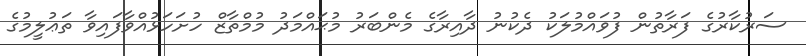
ސަރުކާރުގެ ފަރާތުން ފުވައްމުލަކު ދެކުނު ދާއިރާގެ މެންބަރު މުޙައްމަދު މުމްތާޒް ހުށަހަޅުއްވާފައިވާ ތަޢުލީމުގެ